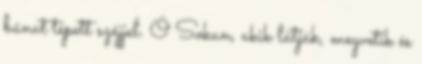
bánat tépett széjjel. Ó Sokan, akik látják, megvetik és